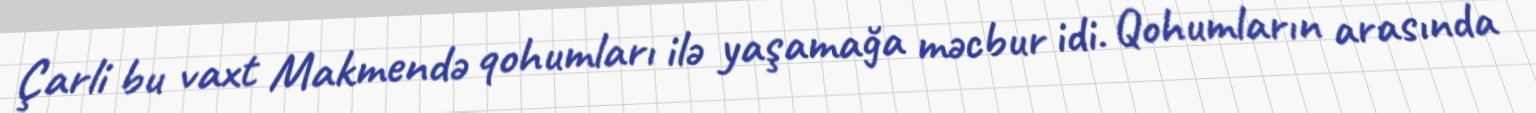
Çarli bu vaxt Makmendə qohumları ilə yaşamağa məcbur idi. Qohumların arasında